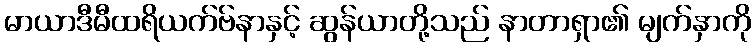
မာယာဒီမီထရိယက်ဗ်နာနှင့် ဆွန်ယာတို့သည် နာတာရှာ၏ မျက်နှာကို